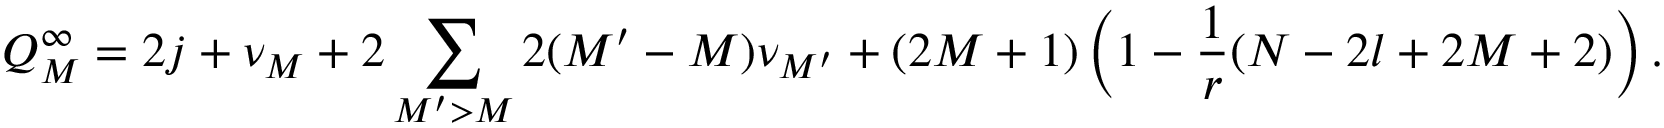
Q _ { M } ^ { \infty } = 2 j + \nu _ { M } + 2 \sum _ { M ^ { \prime } > M } 2 ( M ^ { \prime } - M ) \nu _ { M ^ { \prime } } + ( 2 M + 1 ) \left( 1 - \frac { 1 } { r } ( N - 2 l + 2 M + 2 ) \right) .